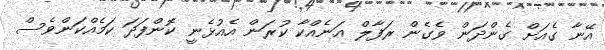
އޭނާ ގެއަށް ގެންދަން ވެގެން ރަފާލް އަނެއްކާ ކުރަން އެއުޅެނީ ކޮންފަދަ ކަމެއްކަންވެސް